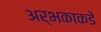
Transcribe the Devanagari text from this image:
अर्भकाकडे